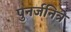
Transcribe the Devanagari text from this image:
पुनर्जनित्र